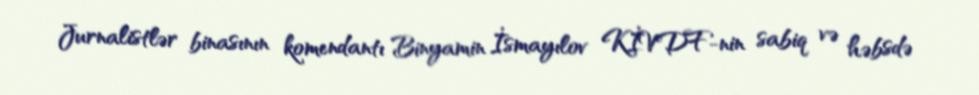
Jurnalistlər binasının komendantı Binyamin İsmayılov KİVDF-nin sabiq və həbsdə